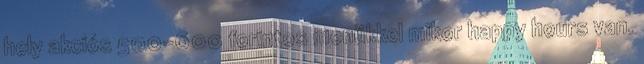
hely akciós 500-600 forintos menükkel mikor happy hours van.